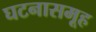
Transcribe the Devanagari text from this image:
घटनासमूह